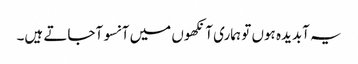
یہ آبدیدہ ہوں تو ہماری آنکھوں میں آنسو آجاتے ہیں۔